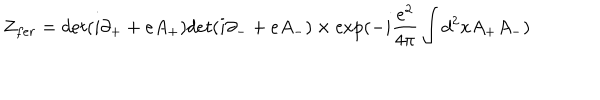
Z _ { f e r } = d e t ( i \partial _ { + } + e A _ { + } ) d e t ( i \partial _ { - } + e A _ { - } ) \times \exp ( - i \frac { e ^ { 2 } } { 4 \pi } \int d ^ { 2 } x A _ { + } A _ { - } )